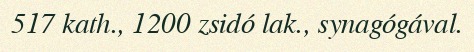
517 kath., 1200 zsidó lak., synagógával.